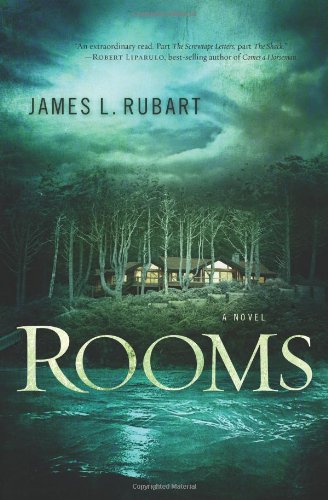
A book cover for Rooms: A Novel; James L. Rubart; Christian Books & Bibles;